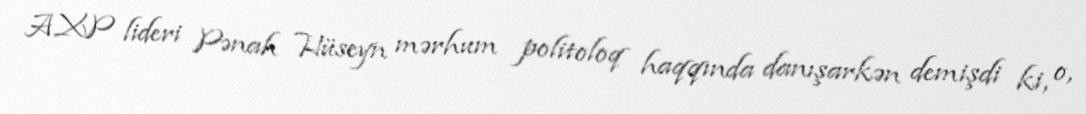
AXP lideri Pənah Hüseyn mərhum politoloq haqqında danışarkən demişdi ki, o,